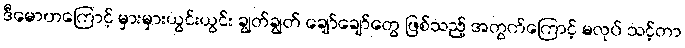
ဒီမောဟကြောင့် မှားမှားယွင်းယွင်း ချွတ်ချွတ် ချော်ချော်တွေ ဖြစ်သည့် အတွက်ကြောင့် မလုပ် သင့်တာ